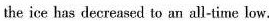
the ice has decreased to an all-time low.